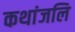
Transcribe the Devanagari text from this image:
कथांजलि